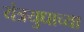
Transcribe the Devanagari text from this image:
यंत्रयुधाच्या